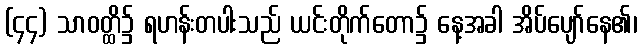
(၄၄) သာဝတ္ထိ၌ ရဟန်းတပါးသည် ယင်းတိုက်တော၌ နေ့အခါ အိပ်ပျော်နေ၏၊